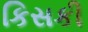
કિસકી